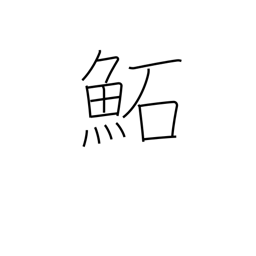
Meaning: (kokuji)